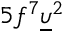
5 f ^ { 7 } \underline { { \upsilon } } ^ { 2 }